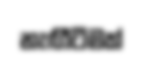
නැඟීිටීමක්